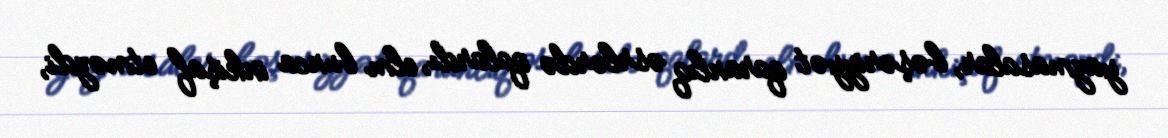
yazmasalar, bəşəriyyət qaranlıq əsrlərdə qalardı, elm bunca inkişaf etməzdi,